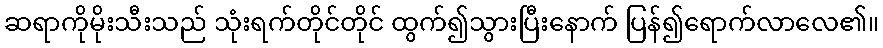
ဆရာကိုမိုးသီးသည် သုံးရက်တိုင်တိုင် ထွက်၍သွားပြီးနောက် ပြန်၍ရောက်လာလေ၏။